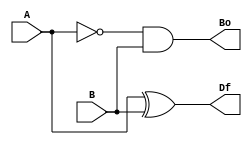
`timescale 1ns / 1ps
//////////////////////////////////////////////////////////////////////////////////
// Company: 
// Engineer: 
// 
// Design Name: 
// Module Name: hS
// Project Name: 
// Target Devices: 
// Tool Versions: 
// Description: 
// 
// Dependencies: 
// 
// Revision:
// Revision 0.01 - File Created
// Additional Comments:
// 
//////////////////////////////////////////////////////////////////////////////////


module hS(
    input A,
    input B,
    output Df,
    output Bo
    );
    assign Df = A^B;
    assign Bo = ~A&B;
endmodule